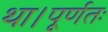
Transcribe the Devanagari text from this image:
था।पूर्णतः